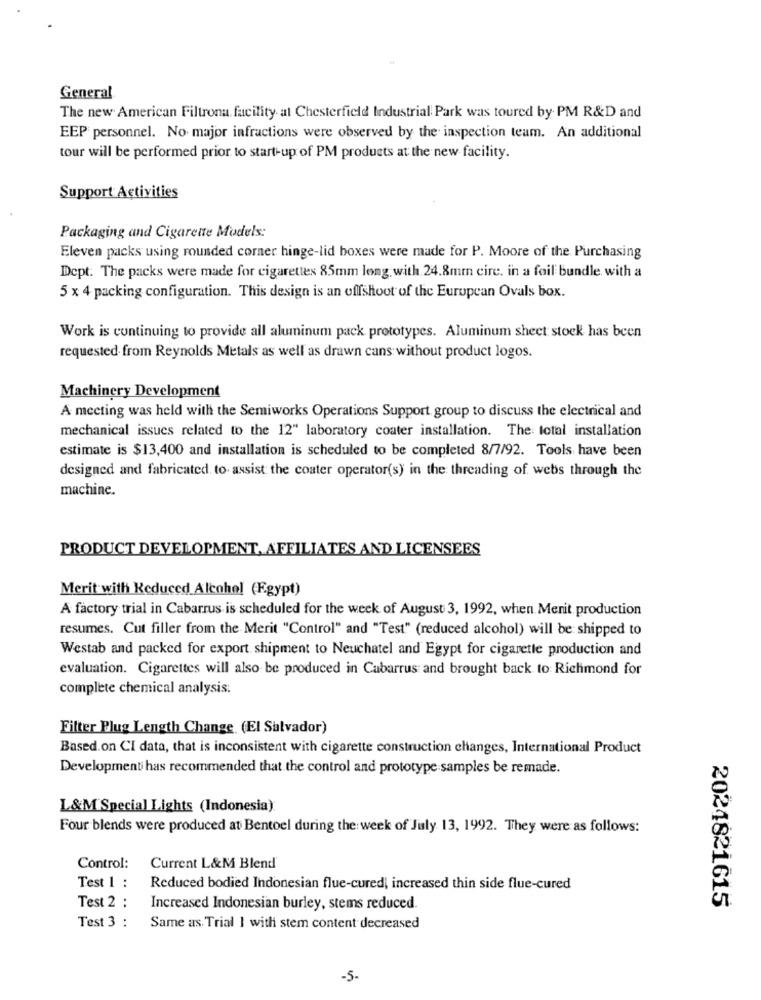
General
The new American Filtrona facility at Chesterfield Industrial Park was toured by PM R&D and
EEP personnel. No major infractions were observed by the inspection team. An additional
tour will be performed prior to start-up of PM products at the new facility.
Support Activities
Packaging and Cigarette Models:
Eleven packs using rounded corner hinge-lid boxes were made for P. Moore of the Purchasing
Dept. The packs were made for cigarettes 85mm long with 24.8mm circ. in a foil bundle with a
5 x 4 packing configuration. This design is an offshoot of the European Ovals box.
Work is continuing to provide all aluminum pack prototypes. Aluminum sheet stock has been
requested. from Reynolds Metals as well as drawn cans without product logos.
Machinery Development
A meeting was held with the Semiworks Operations Support group to discuss the electrical and
mechanical issues related to the 12" laboratory coater installation. The total installation
estimate is $13,400 and installation is scheduled to be completed 8/7/92. Tools have been
designed and fabricated to assist the coater operator(s) in the threading of webs through the
machine.
PRODUCT DEVELOPMENT, AFFILIATES AND LICENSEES
Merit with Reduced Alcohol (Egypt)
A factory trial in Cabarrus is scheduled for the week of August 3, 1992, when Merit production
resumes. Cut filler from the Merit "Control" and "Test" (reduced alcohol) will be shipped to
Westab and packed for export shipment to Neuchatel and Egypt for cigarette production and
evaluation. Cigarettes will also be produced in Cabarrus and brought back to Richmond for
complete chemical analysis.
Filter Plug Length Change (El Salvador)
Based.on CI data, that is inconsistent with cigarette construction changes, International Product
Developmenti has recommended that the control and prototype samples be remade.
L&M'Special Lights (Indonesia)
Four blends were produced at Bentoel during the week of July 13, 1992. They were as follows:
Control:
Current L&M Blend
Test 1 :
Reduced bodied Indonesian flue-cured, increased thin side flue-cured
Test 2 :
Increased Indonesian burley, stems reduced.
2024821615
Test 3 :
Same as. Trial 1 with stem content decreased
-5.